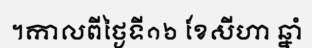
។កាលពីថ្ងៃទី១៦ ខែសីហា ឆ្នាំ